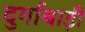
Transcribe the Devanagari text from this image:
दुर्गाबाड़ी